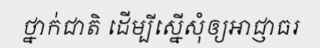
ថ្នាក់ជាតិ ដើម្បីស្នើសុំឲ្យអាជ្ញាធរ